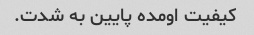
کیفیت اومده پایین به شدت.